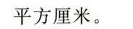
平方厘米。